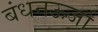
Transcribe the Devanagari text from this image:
बंधनऊर्जा